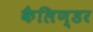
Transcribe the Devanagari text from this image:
कैलिण्डर